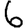
Digit: 6